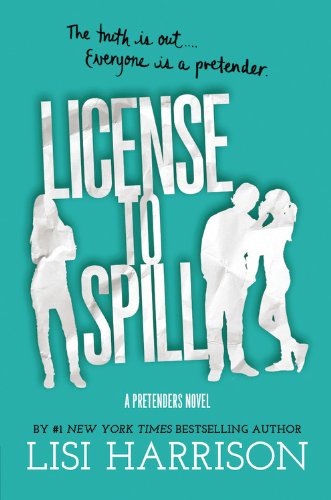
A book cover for License to Spill (Pretenders); Lisi Harrison; Teen & Young Adult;